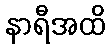
နာရီအထိ